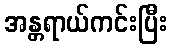
အန္တရာယ်ကင်းပြီး